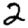
Digit: 2